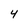
Character: 4